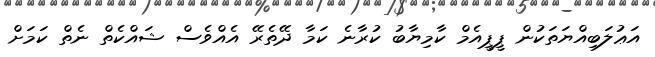
އަޢުލަބިއްޔަތަކުން ޕީޕީއެމް ކާމިޔާބު ކުރާނެ ކަމާ ދޭތެރޭ އެއްވެސް ޝައްކެތް ނެތް ކަމަށް